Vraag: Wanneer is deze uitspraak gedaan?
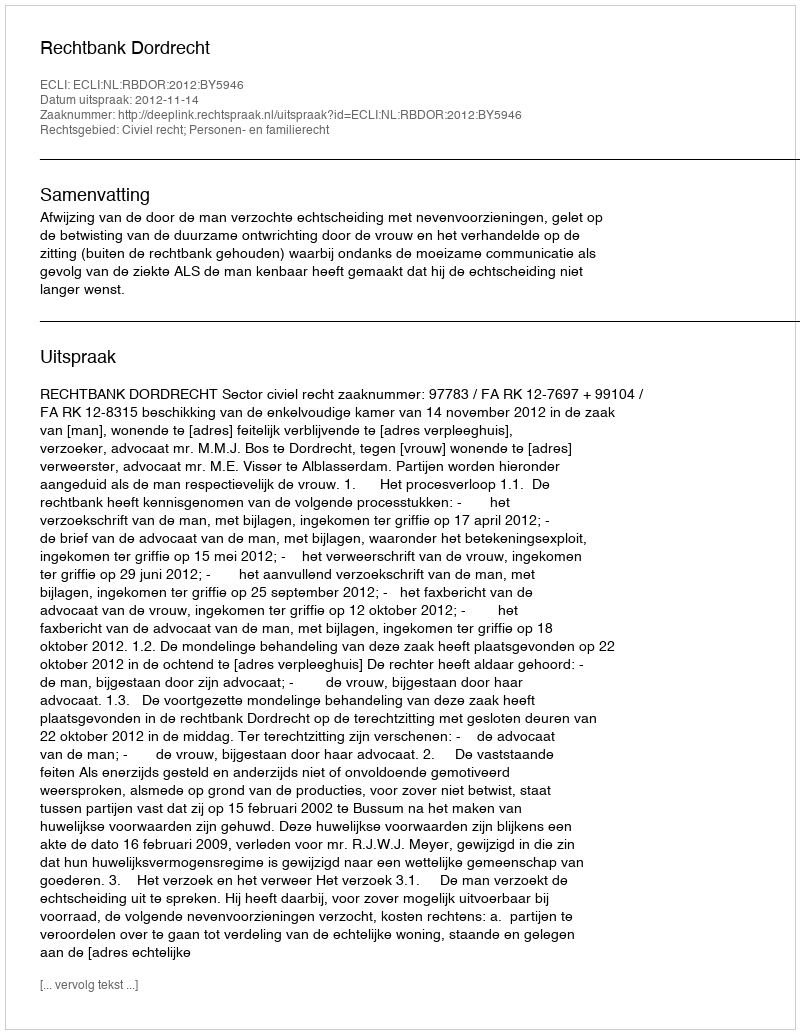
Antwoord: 2012-11-14